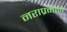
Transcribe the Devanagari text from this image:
नराप्रमाणे